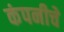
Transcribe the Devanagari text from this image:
कंपनीचेे